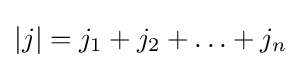
|j|=j_{1}+j_{2}+\ldots +j_{n}